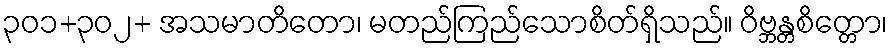
၃၀၁+၃၀၂+ အသမာတိတော၊ မတည်ကြည်သောစိတ်ရှိသည်။ ဝိဗ္ဘန္တစိတ္တော၊